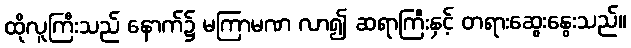
ထိုလူကြီးသည် နောက်၌ မကြာမဏ လာ၍ ဆရာကြီးနှင့် တရားဆွေးနွေးသည်။